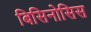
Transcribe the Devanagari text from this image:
बिसिनोसिस